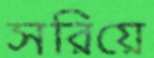
সরিয়ে